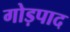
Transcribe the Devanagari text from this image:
गोड़पाद